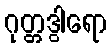
ဂုတ္တဒွါရော